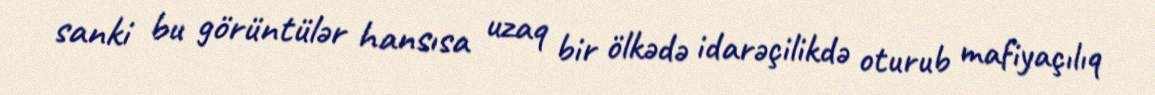
sanki bu görüntülər hansısa uzaq bir ölkədə idarəçilikdə oturub mafiyaçılıq